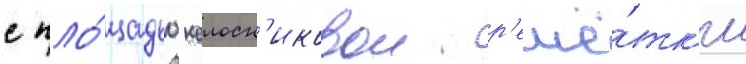
с пло́щадью колосн'иковои р'ешё́тк'и